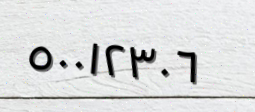
٥٠٠١٢٣٠٦